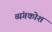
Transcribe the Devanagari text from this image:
व्यंगकोश